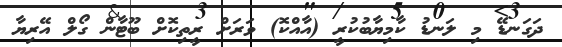
ދަގަނޑޭ މި ލަނޑު ކާމިޔާބުކުރީ (އާއްކޮ) ވަރަށް ރީތިކޮށް ބޫޓާން ގޯލް އޭރިޔާ